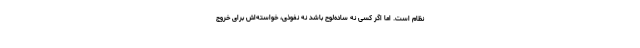
نظام است. اما اگر کسی نه ساده‌لوح باشد نه نفوذی، خواسته‌اش برای خروج